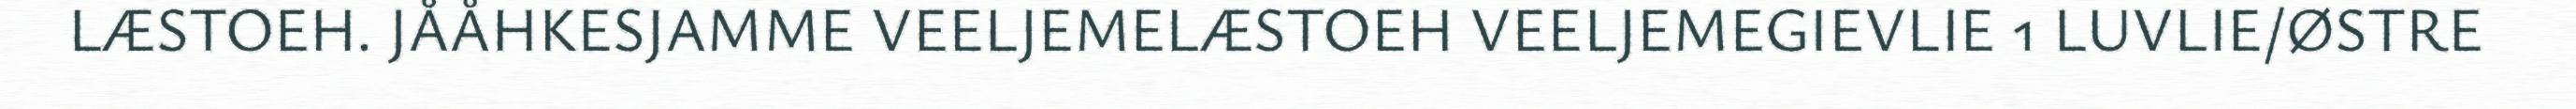
LÆSTOEH. JÅÅHKESJAMME VEELJEMELÆSTOEH VEELJEMEGIEVLIE 1 LUVLIE/ØSTRE